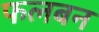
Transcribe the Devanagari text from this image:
फलबन